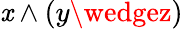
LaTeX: \mathit{x}\wedge(y\wedgez)